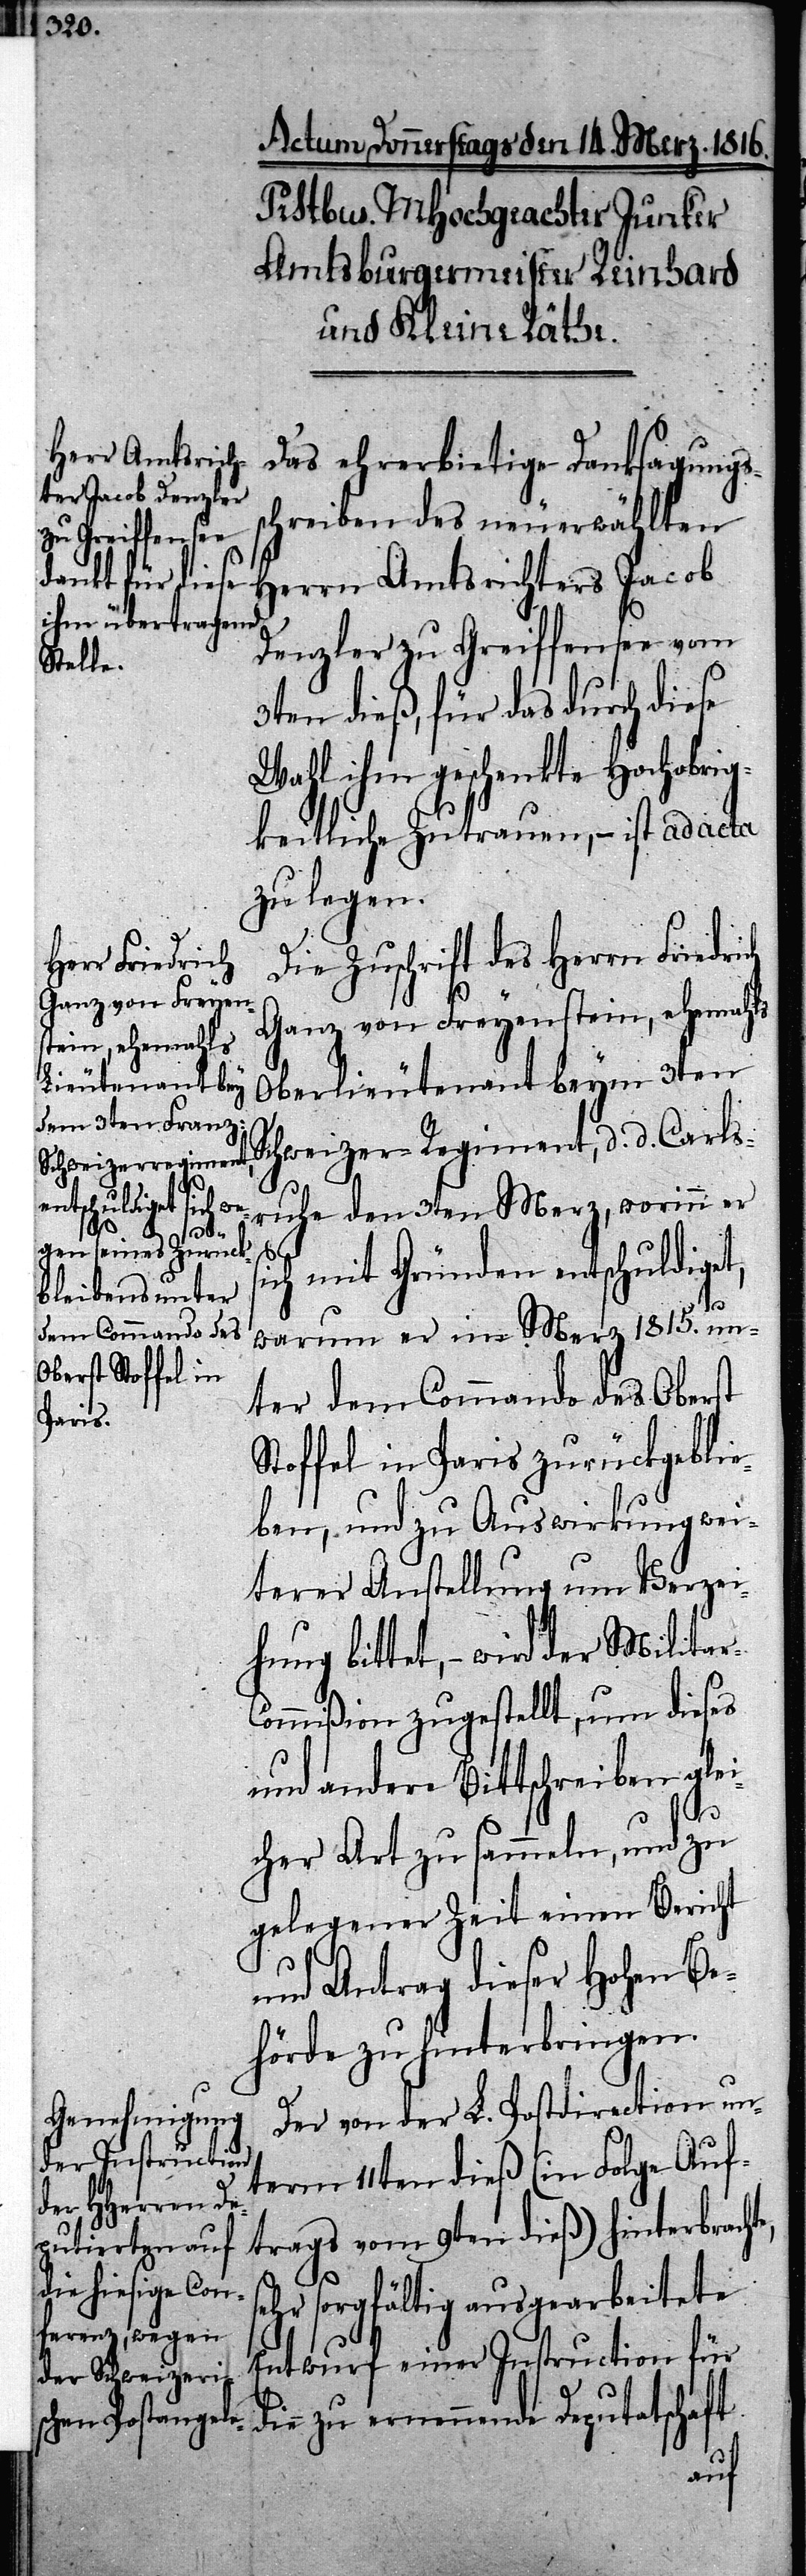
schreiben des neuerwählten
Herrn Amtsrichters Jacob
Denzler zu Greiffensee vom
3ten dieß, für das durch diese
Wahl ihm geschenkte Hochobrig¬
keitliche Zutrauen, – ist ad acta
zu legen.
Die Zuschrift des Herrn Friedrich
Ganz von Freyenstein, ehemahls
Oberlieutenant beym 3ten
Schweizer-Regiment, d. d. Carls¬
ruhe den 3ten Merz, worinn er
r-C¬
ich mit Gründen entschuldiget,
s¬
warum er im Merz 1815. un¬
ter dem Commando des Oberst
Stoffel in Paris zurückgeblie¬
ben, und zu Auswirkung wei¬
terer Anstellung um Verzei¬
hung bittet, – wird der Milita¬
ommißion zugestellt, um dieses
und andere Bittschreiben glei¬
cher Art zu sammeln, und zu
gelegener Zeit einen Bericht
und Antrag dieser Hohen Be¬
hörde zu hinterbringen.
Der von der L. Postdirection un¬
term 11ten dieß (in Folge Auf¬
Danksagungs¬
trages vom 9ten dieß) hinterbracht¬
ehr sorgfältig ausgearbeitete
Entwurf einer Instruction für
die zu ernennende Deputatschaft